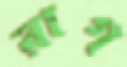
রাগ